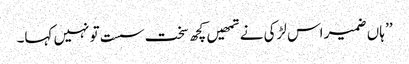
’’ ہاں ضمیر اس لڑکی نے تمھیں کچھ سخت سست تو نہیں کہا۔